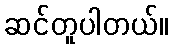
ဆင်တူပါတယ်။